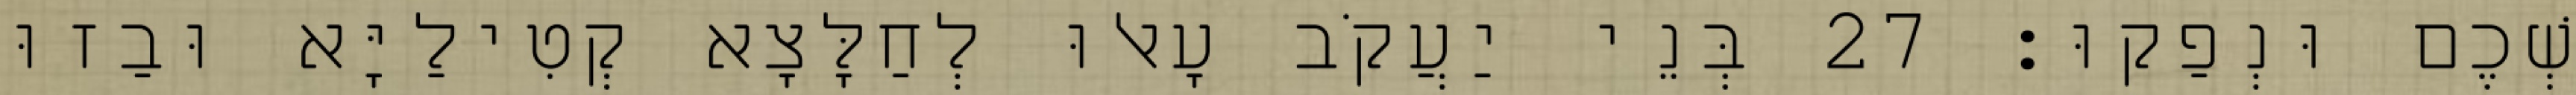
שְׁכֶם וּנְפַקוּ׃ 27 בְּנֵי יַעֲקֹב עָאלוּ לְחַלָּצָא קְטִילַיָּא וּבַזוּ